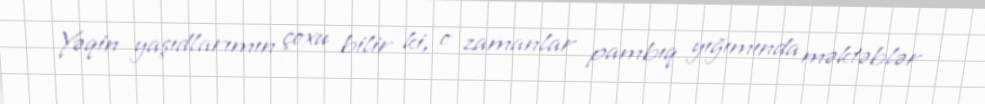
Yəqin yaşıdlarımın çoxu bilir ki, o zamanlar pambıq yığımında məktəblər